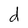
Character: d